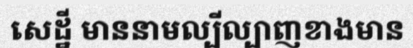
សេដ្ឋី មាននាមល្បីល្បាញខាងមាន